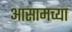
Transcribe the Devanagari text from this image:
अासामच्या